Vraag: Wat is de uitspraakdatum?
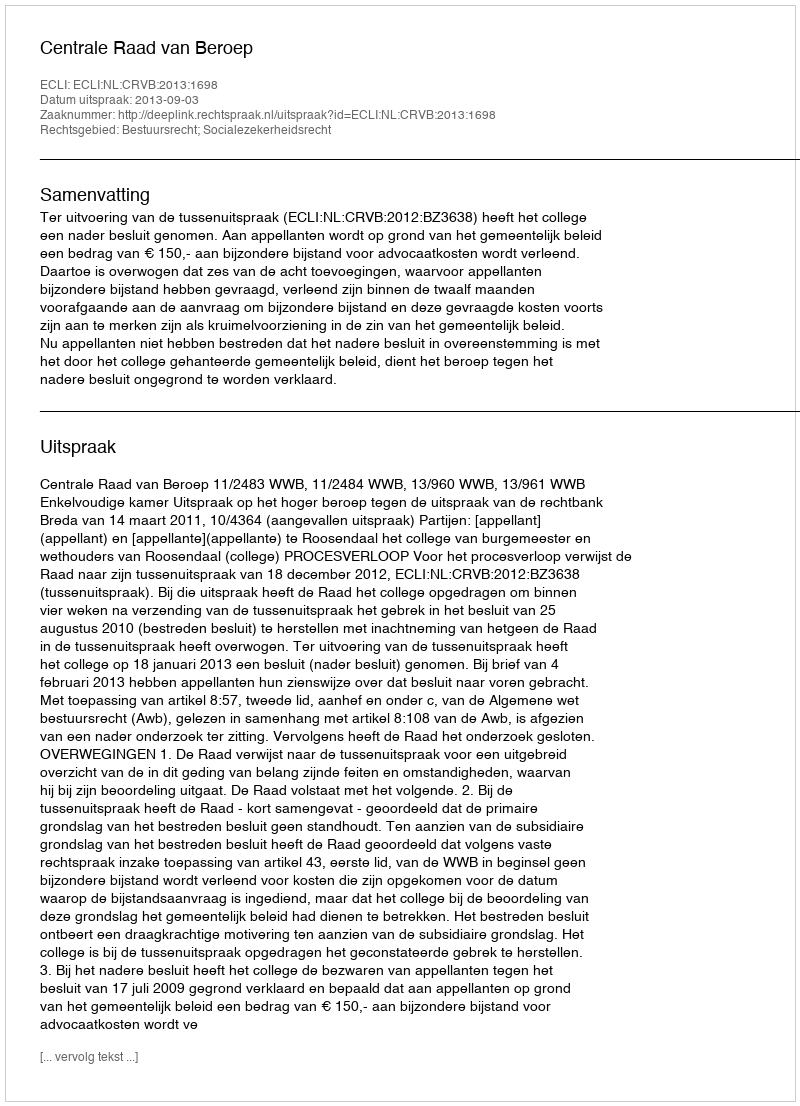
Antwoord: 2013-09-03